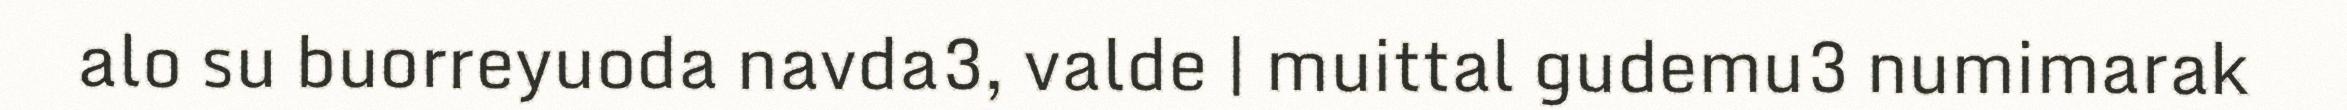
alo su buorreyuoda navda3, valde | muittal gudemu3 numimarak